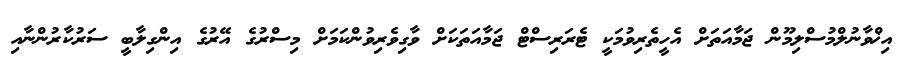
އިޚްވާނުލްމުސްލިމޫން ޖަމާއަތަށް އެހީތެރިވުމަކީ ޓެރަރިސްޓް ޖަމާއަތަކަށް ވާގިވެރިވުންކަމަށް މިސްރުގެ އޭރުގެ އިންގިލާބީ ސަރުކާރުންނާއި